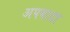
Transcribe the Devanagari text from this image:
अपवादा